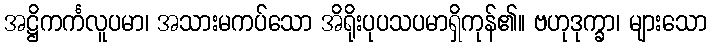
အဋ္ဌိကင်္ကလူပမာ၊ အသားမကပ်သော အိရိုးပုပသပမာရှိကုန်၏။ ဗဟုဒုက္ခာ၊ များသော